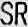
SR